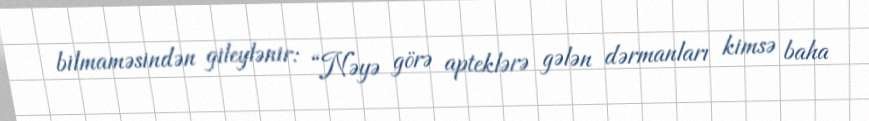
bilmaməsindən gileylənir: “Nəyə görə apteklərə gələn dərmanları kimsə baha